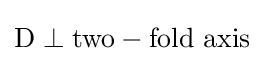
\mathrm {D} \perp \mathrm {two-fold\ axis}